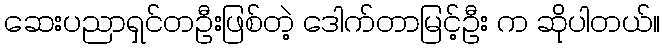
ဆေးပညာရှင်တဦးဖြစ်တဲ့ ဒေါက်တာမြင့်ဦး က ဆိုပါတယ်။